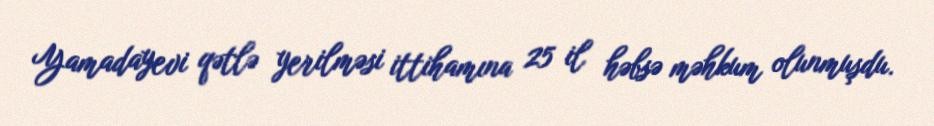
Yamadayevi qətlə yerilməsi ittihamına 25 il həbsə məhkum olunmuşdu.